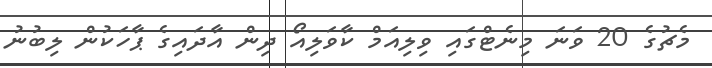
މެޗުގެ 20 ވަނަ މިނެޓްގައި ވިލިއަމް ކާވަލިއޯ ދިން އާދައިގެ ޕާހަކުން ލިބުނު